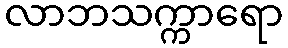
လာဘသက္ကာရော